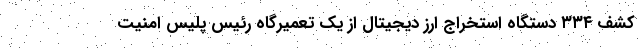
کشف ۳۳۴ دستگاه استخراج ارز دیجیتال از یک تعمیرگاه رئیس پلیس امنیت